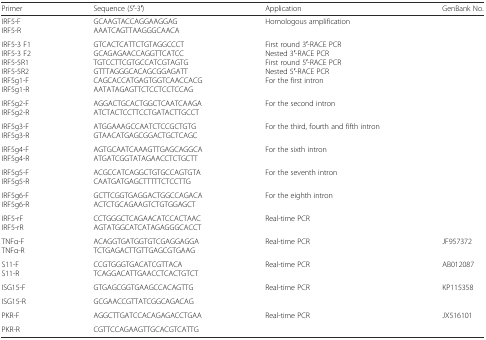
<table><thead><tr><td><b>Primer</b></td><td><b>Sequence (5′-3′)</b></td><td><b>Application</b></td><td><b>GenBank No.</b></td></tr></thead><tbody><tr><td>IRF5-FIRF5-R</td><td>GCAAGTACCAGGAAGGAGAAATCAGTTAAGGGCAACA</td><td>Homologous amplification</td><td rowspan="7"></td></tr><tr><td>IRF5-3 F1IRF5-3 F2IRF5-5R1IRF5-5R2IRF5g1-FIRF5g1-R</td><td>GTCACTCATTCTGTAGGCCCTGCAGAGAACCAGGTTCATCCTGTCCTTCGTGCCATCGTAGTGGTTTAGGGCACAGCGGAGATTCAGCACCATGAGTGGTCAACCACGAATATAGAGTTCTCCTCCTCCAG</td><td>First round 3′-RACE PCRNested 3′-RACE PCRFirst round 5′-RACE PCRNested 5′-RACE PCRFor the first intron</td></tr><tr><td>IRF5g2-FIRF5g2-R</td><td>AGGACTGCACTGGCTCAATCAAGAATCTACTCCTTCCTGATACTTGCCT</td><td>For the second intron</td></tr><tr><td>IRF5g3-FIRF5g3-R</td><td>ATGGAAAGCCAATCTCCGCTGTGGTAACATGAGCGGACTGCTCAGC</td><td>For the third, fourth and fifth intron</td></tr><tr><td>IRF5g4-FIRF5g4-R</td><td>AGTGCAATCAAAGTTGAGCAGGCAATGATCGGTATAGAACCTCTGCTT</td><td>For the sixth intron</td></tr><tr><td>IRF5g5-FIRF5g5-R</td><td>ACGCCATCAGGCTGTGCCAGTGTACAATGATGAGCTTTTTCTCCTTG</td><td>For the seventh intron</td></tr><tr><td>IRF5g6-FIRF5g6-R</td><td>GCTTCGGTGAGGACTGGCCAGACAACTCTGCAGAAGTCTGTGGAGCT</td><td>For the eighth intron</td></tr><tr><td>IRF5-rFIRF5-rR</td><td>CCTGGGCTCAGAACATCCACTAACAGTATGGCATCATAGAGGGCACCT</td><td>Real-time PCR</td><td></td></tr><tr><td>TNFα-FTNFα-R</td><td>ACAGGTGATGGTGTCGAGGAGGATCTGAGACTTGTTGAGCGTGAAG</td><td>Real-time PCR</td><td>JF957372</td></tr><tr><td>S11-FS11-R</td><td>CCGTGGGTGACATCGTTACATCAGGACATTGAACCTCACTGTCT</td><td>Real-time PCR</td><td>AB012087</td></tr><tr><td>ISG15-F</td><td>GTGAGCGGTGAAGCCACAGTTG</td><td>Real-time PCR</td><td>KP115358</td></tr><tr><td>ISG15-R</td><td>GCGAACCGTTATCGGCAGACAG</td><td></td><td></td></tr><tr><td>PKR-F</td><td>AGGCTTGATCCACAGAGACCTGAA</td><td>Real-time PCR</td><td>JX516101</td></tr><tr><td>PKR-R</td><td>CGTTCCAGAAGTTGCACGTCATTG</td><td></td><td></td></tr></tbody></table>